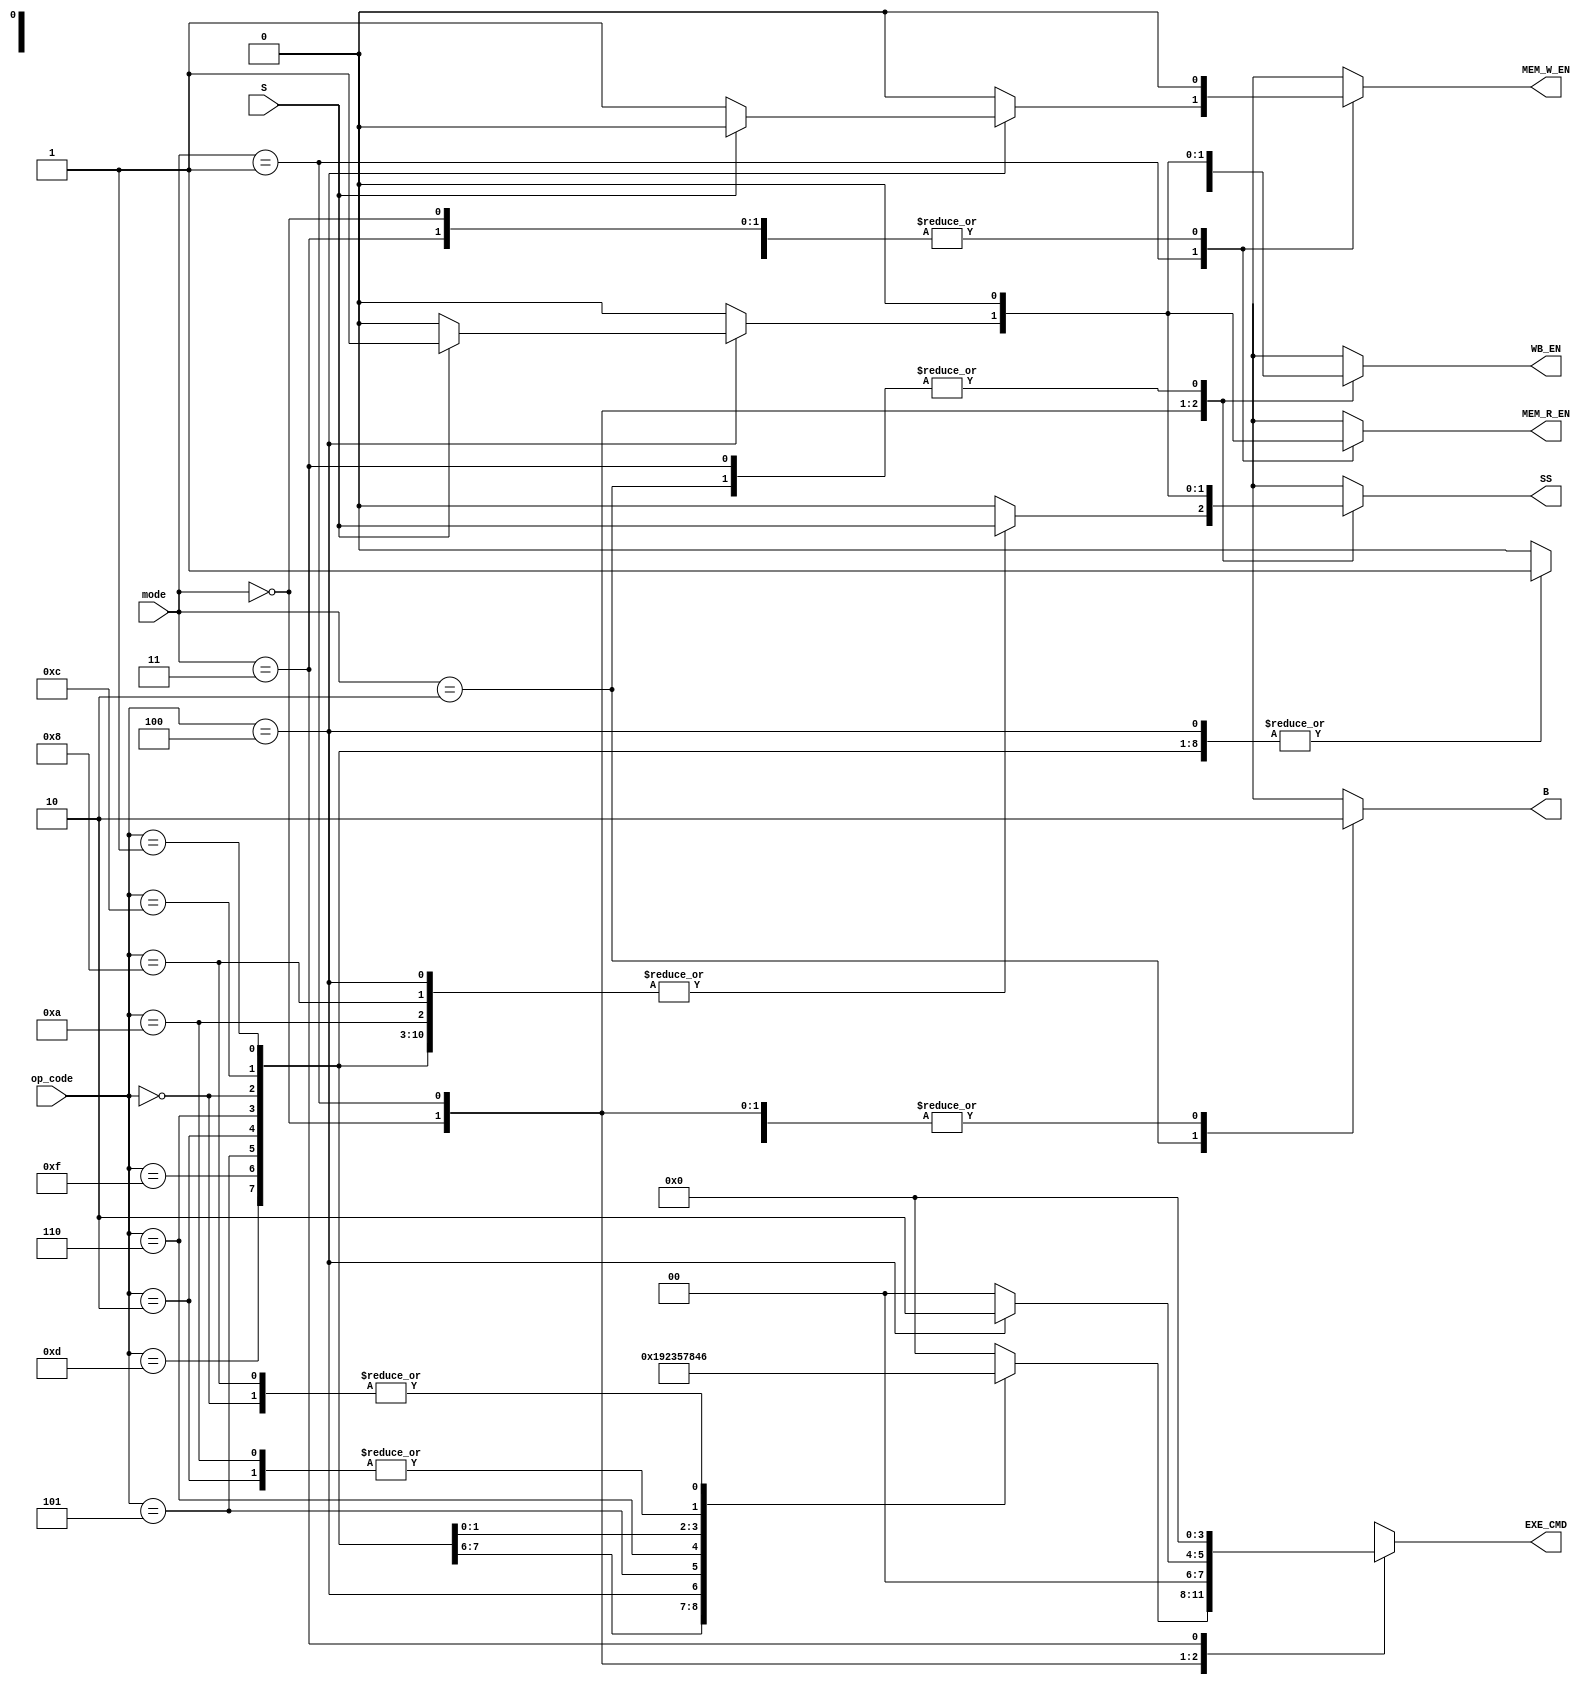
module ControlUnit(input[3:0]op_code,
                   input [1:0]mode,
                   input S,
                   output reg SS,
                   B,
                   MEM_R_EN,
                   MEM_W_EN,
                   WB_EN,
                   output reg [3:0] EXE_CMD);

localparam [3:0] MOV = 4'b1101, MVN = 4'b1111, ADD = 4'b0100, 
                 ADC = 4'b0101, SUB = 4'b0010, SBC = 4'b0110,
                 AND = 4'b0000, ORR = 4'b1100, EOR = 4'b0001, 
                 CMP = 4'b1010, TST = 4'b1000, LDR = 4'b0100,
                 STR = 4'b0100, NOP = 4'b0000; 

    always@(op_code,mode,S)begin
    EXE_CMD = 4'b0; MEM_R_EN = 0; WB_EN = 0; MEM_W_EN = 0; B = 0;  SS = 0;
    case (mode)
      2'b00:
        case (op_code)
          MOV: begin EXE_CMD = 4'b0001; MEM_R_EN = 0;  WB_EN = 1; MEM_W_EN = 0;B = 0;  SS = S; end
          MVN: begin EXE_CMD = 4'b1001; MEM_R_EN = 0; WB_EN = 1; MEM_W_EN = 0; B = 0;  SS = S; end
          ADD: begin EXE_CMD = 4'b0010; MEM_R_EN = 0; WB_EN = 1; MEM_W_EN = 0; B = 0; SS = S;  end
          ADC: begin EXE_CMD = 4'b0011; MEM_R_EN = 0; WB_EN = 1; MEM_W_EN = 0; B = 0;  SS = S; end
          SUB: begin EXE_CMD = 4'b0100; MEM_R_EN = 0; WB_EN = 1; MEM_W_EN = 0; B = 0;  SS = S; end
          SBC: begin EXE_CMD = 4'b0101; MEM_R_EN = 0; WB_EN = 1; MEM_W_EN = 0; B = 0;  SS = S; end
          AND: begin EXE_CMD = 4'b0110; MEM_R_EN = 0; WB_EN = 1; MEM_W_EN = 0; B = 0;  SS = S; end
          ORR: begin EXE_CMD = 4'b0111; MEM_R_EN = 0; WB_EN = 1; MEM_W_EN = 0; B = 0;  SS = S; end
          EOR: begin EXE_CMD = 4'b1000; MEM_R_EN = 0; WB_EN = 1; MEM_W_EN = 0; B = 0;  SS = S; end
          CMP: begin EXE_CMD = 4'b0100; MEM_R_EN = 0; WB_EN = 0; MEM_W_EN = 0; B = 0;  SS = S; end
          TST: begin EXE_CMD = 4'b0110; MEM_R_EN = 0; WB_EN = 0; MEM_W_EN = 0; B = 0; SS = S;  end
          default: begin EXE_CMD = 4'b0; MEM_R_EN = 0; WB_EN = 0; MEM_W_EN = 0; B = 0;  SS = 0;end
        endcase
      2'b01:
        if(op_code == STR)begin
          if(S == 1'b1)begin EXE_CMD = 4'b0010; MEM_R_EN = 1; WB_EN = 1; MEM_W_EN = 0; B = 0;  SS = 1; end //LDR
          else begin EXE_CMD = 4'b0010; MEM_R_EN = 0; WB_EN = 0; MEM_W_EN = 1; B = 0; SS = 0; end//STR
        end
      2'b10: begin EXE_CMD = 4'bx; B = 1; MEM_R_EN = 0; WB_EN = 0; MEM_W_EN = 0;  SS = 0; end//B
      2'b11: begin EXE_CMD = 4'b0; MEM_R_EN = 0; WB_EN = 0; MEM_W_EN = 0; B = 0;  SS = 0; end//NOP
      default: begin EXE_CMD = 4'b0; MEM_R_EN = 0; WB_EN = 0; MEM_W_EN = 0; B = 0;  SS = 0; end//NOP;
    endcase
  end

endmodule